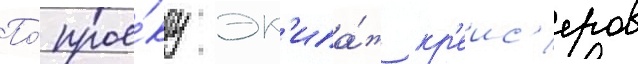
По́ прое́кту эк'ипа́ж кр'еис'еров